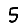
Digit: 5